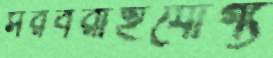
সরবরাহযোগ্য